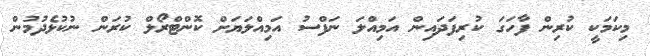
މިކަމަކީ ކުރިން ފާހަގަ ކުރިފަދައިން އަމިއްލަ ނަފްސު އަމިއްލަޔަށް ކޮންޓްރޯލް ކުރަން ނުކުޅެދުމުން